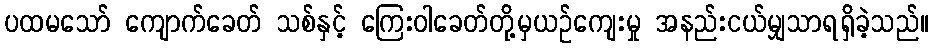
ပထမသော် ကျောက်ခေတ် သစ်နှင့် ကြေးဝါခေတ်တို့မှယဉ်ကျေးမှု အနည်းငယ်မျှသာရရှိခဲ့သည်။